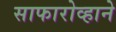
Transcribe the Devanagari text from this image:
साफारोव्हाने